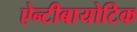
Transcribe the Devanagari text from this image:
ऐन्टीबायोटिक